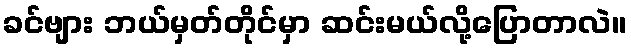
ခင်ဗျား ဘယ်မှတ်တိုင်မှာ ဆင်းမယ်လို့ပြောတာလဲ။